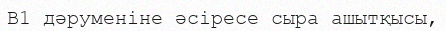
В1 дәруменіне әсіресе сыра ашытқысы,